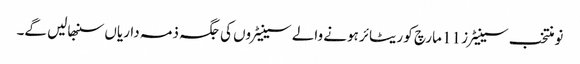
نومنتخب سینیٹرز 11 مارچ کو ریٹائر ہونے والے سینیٹروں کی جگہ ذمہ داریاں سنبھالیں گے۔